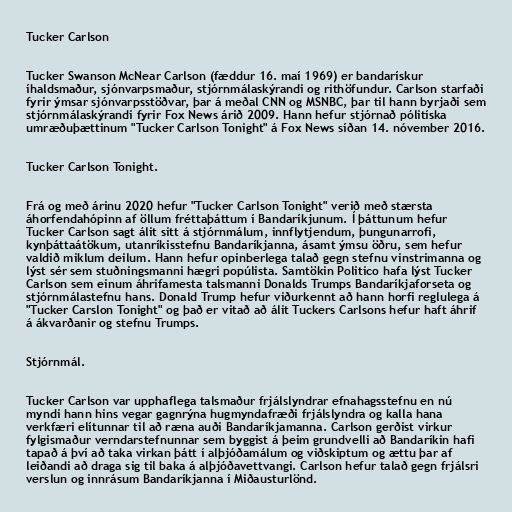
Tucker Carlson

Tucker Swanson McNear Carlson (fæddur 16. maí 1969) er bandarískur
íhaldsmaður, sjónvarpsmaður, stjórnmálaskýrandi og rithöfundur. Carlson starfaði
fyrir ýmsar sjónvarpsstöðvar, þar á meðal CNN og MSNBC, þar til hann byrjaði sem
stjórnmálaskýrandi fyrir Fox News árið 2009. Hann hefur stjórnað pólitíska
umræðuþættinum "Tucker Carlson Tonight" á Fox News síðan 14. nóvember 2016.

Tucker Carlson Tonight.

Frá og með árinu 2020 hefur "Tucker Carlson Tonight" verið með stærsta
áhorfendahópinn af öllum fréttaþáttum í Bandaríkjunum. Í þáttunum hefur
Tucker Carlson sagt álit sitt á stjórnmálum, innflytjendum, þungunarrofi,
kynþáttaátökum, utanríkisstefnu Bandaríkjanna, ásamt ýmsu öðru, sem hefur
valdið miklum deilum. Hann hefur opinberlega talað gegn stefnu vinstrimanna og
lýst sér sem stuðningsmanni hægri popúlista. Samtökin Politico hafa lýst Tucker
Carlson sem einum áhrifamesta talsmanni Donalds Trumps Bandaríkjaforseta og
stjórnmálastefnu hans. Donald Trump hefur viðurkennt að hann horfi reglulega á
"Tucker Carslon Tonight" og það er vitað að álit Tuckers Carlsons hefur haft áhrif
á ákvarðanir og stefnu Trumps.

Stjórnmál.

Tucker Carlson var upphaflega talsmaður frjálslyndrar efnahagsstefnu en nú
myndi hann hins vegar gagnrýna hugmyndafræði frjálslyndra og kalla hana
verkfæri elítunnar til að ræna auði Bandaríkjamanna. Carlson gerðist virkur
fylgismaður verndarstefnunnar sem byggist á þeim grundvelli að Bandaríkin hafi
tapað á því að taka virkan þátt í alþjóðamálum og viðskiptum og ættu þar af
leiðandi að draga sig til baka á alþjóðavettvangi. Carlson hefur talað gegn frjálsri
verslun og innrásum Bandaríkjanna í Miðausturlönd.